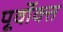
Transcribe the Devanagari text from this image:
पूर्वाेक्त